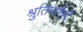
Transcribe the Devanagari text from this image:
श्रुतिमार्गसँ